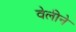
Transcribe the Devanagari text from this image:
वेलीने